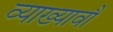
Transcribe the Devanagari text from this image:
व्याख्यावौं